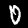
Label: 0